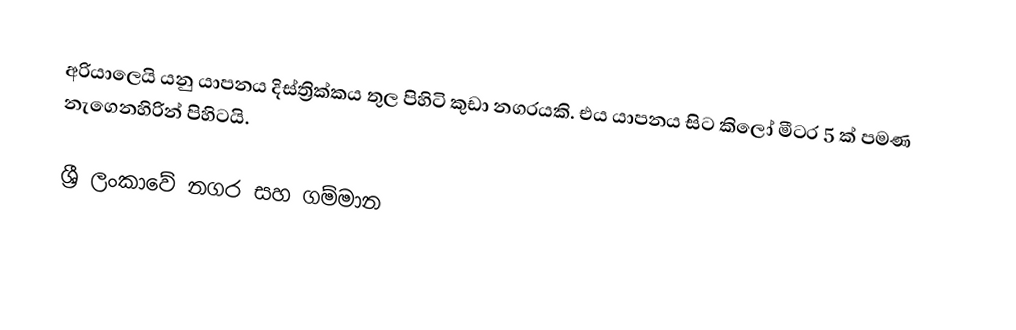
අරියාලෙයි යනු යාපනය දිස්ත්‍රික්කය තුල පිහිටි කුඩා නගරයකි. එය යාපනය සිට කිලෝ මීටර 5 ක් පමණ නැගෙනහිරින් පිහිටයි.

ශ්‍රී ලංකාවේ නගර සහ ගම්මාන